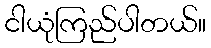
ငါယုံကြည်ပါတယ်။